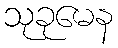
သုခုမေန